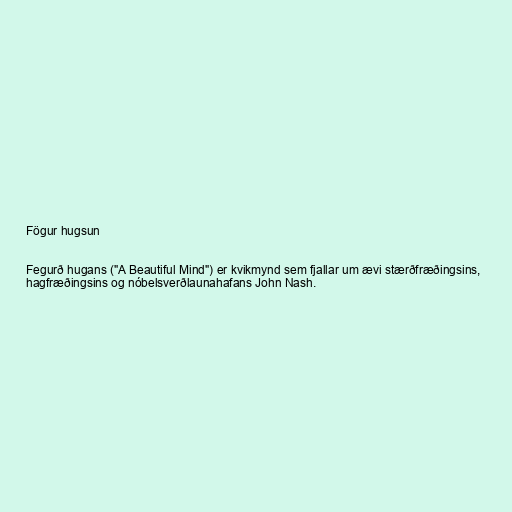
Fögur hugsun

Fegurð hugans ("A Beautiful Mind") er kvikmynd sem fjallar um ævi stærðfræðingsins,
hagfræðingsins og nóbelsverðlaunahafans John Nash.